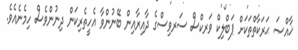
ޚާއްޞަ ޙަރަކާތްތަކަށް ޕަބްލިކް ވަރކްސް ސަރވިސްގެ ދާއިރާއިން ބޭނުންވާ އެހީތެރިކަން ދިނުންވެސް ހިމެނެއެވެ.